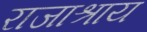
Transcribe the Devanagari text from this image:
राजाश्राय